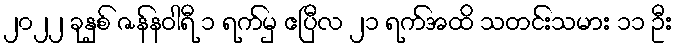
၂၀၂၂ ခုနှစ် ဇန်နဝါရီ ၁ ရက်မှ ဧပြီလ ၂၁ ရက်အထိ သတင်းသမား ၁၁ ဦး